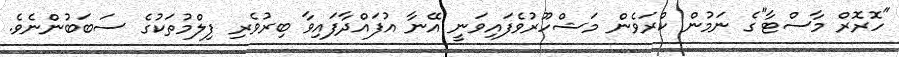
"ހޮރޮރް މާސްޓާ"ގެ ނަމުން ކްރަވެން މަޝްހޫރުވެފައިވަނީ އޭނާ އުފައްދާފައިވާ ބިރުވެރި ފިލްމުތަކުގެ ސަބަބުންނެވެ.